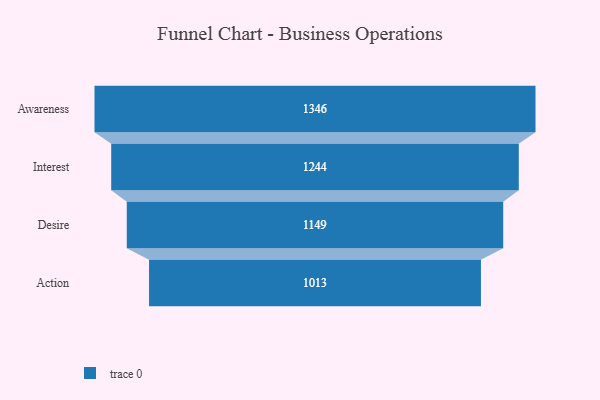
{"axis": {"x": "Stage", "y": "Value"}, "legend": [""], "data": [{"x": "Awareness", "y": 1346.0, "type": ""}, {"x": "Interest", "y": 1244.0, "type": ""}, {"x": "Desire", "y": 1149.0, "type": ""}, {"x": "Action", "y": 1013.0, "type": ""}]}